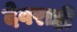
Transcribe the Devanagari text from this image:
देवराही